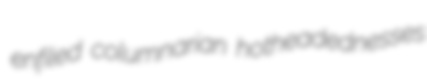
enfiled columnarian hotheadednesses